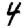
Digit: 4